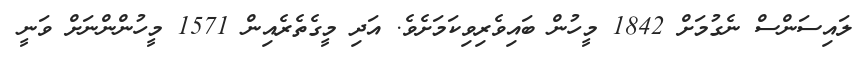
ލައިސަންސް ނެގުމަށް 1842 މީހުން ބައިވެރިވިކަމަށެވެ. އަދި މީގެތެރެއިން 1571 މީހުންންނަށް ވަނީ